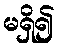
မရှိ၍